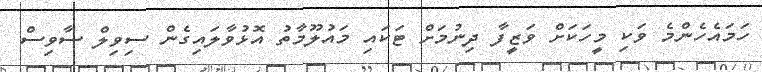
ހަމައެހެންމެ ވަކި މީހަކަށް ވަޒީފާ ދިނުމަށް ޓަކައި މައުލޫމާތު އޮޅުވާލައިގެން ސިވިލް ސާވިސް